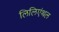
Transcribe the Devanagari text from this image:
लिलिएंथल